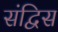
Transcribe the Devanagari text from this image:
संद्विस